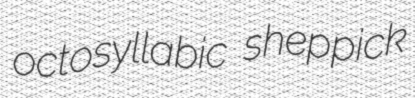
octosyllabic sheppick